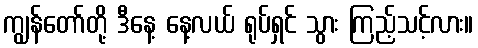
ကျွန်တော်တို့ ဒီနေ့ နေ့လယ် ရုပ်ရှင် သွား ကြည့်သင့်လား။